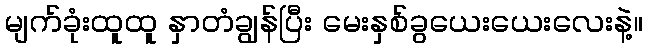
မျက်ခုံးထူထူ နှာတံချွန်ပြီး မေးနှစ်ခွယေးယေးလေးနဲ့။